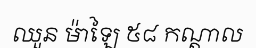
ឈួន ម៉ាឡៃ ៥៨ កណ្តាល